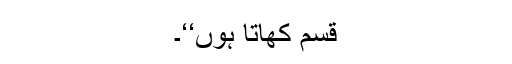
قسم کھاتا ہوں‘‘۔